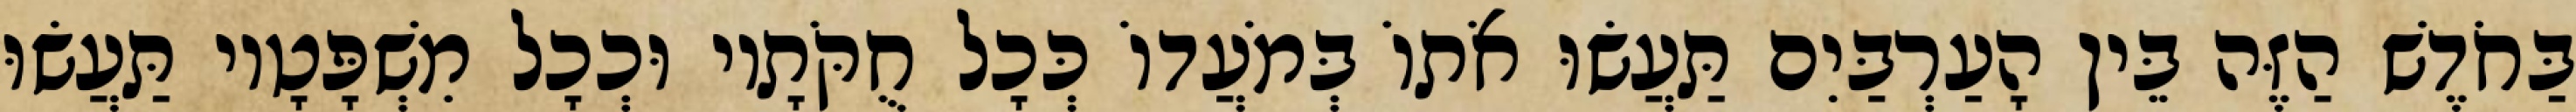
בַּחֹדֶשׁ הַזֶּה בֵּין הָעַרְבַּיִם תַּעֲשׂוּ אֹתוֹ בְּמֹעֲדוֹ כְּכָל חֻקֹּתָיו וּכְכָל מִשְׁפָּטָיו תַּעֲשׂוּ